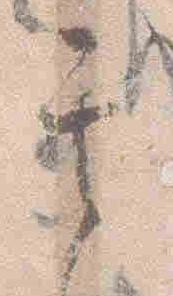
其